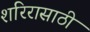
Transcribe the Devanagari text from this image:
शरिरासाठी